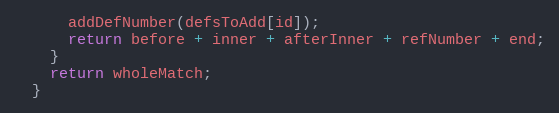
Language: JavaScript
      addDefNumber(defsToAdd[id]);
      return before + inner + afterInner + refNumber + end;
    }
    return wholeMatch;
  }